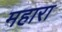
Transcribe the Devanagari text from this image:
महारा